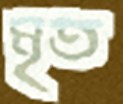
মৃত